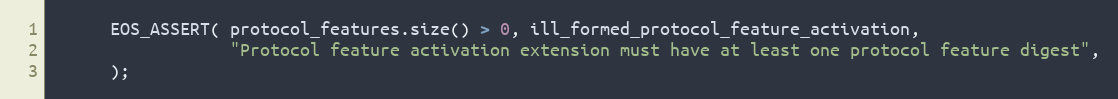
Language: C++
      EOS_ASSERT( protocol_features.size() > 0, ill_formed_protocol_feature_activation,
                  "Protocol feature activation extension must have at least one protocol feature digest",
      );